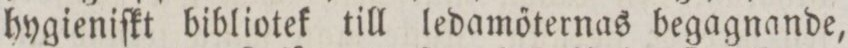
hygieniſkt bibliotek till ledamőternas begagnande,